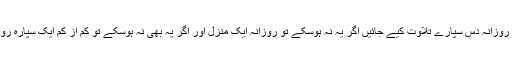
بہتر یہ ہے کہ روزانہ دس سپارے تلاوت کیے جائیں اگر یہ نہ ہوسکے تو روزانہ ایک منزل اور اگر یہ بھی نہ ہوسکے تو کم از کم ایک سپارہ روزانہ تلاوت ہو۔